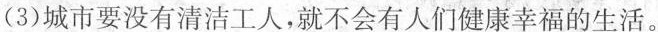
（23)城市要没有清洁工人，就不会有人们健康幸福的生活。